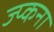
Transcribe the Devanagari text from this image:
ज्प्कना